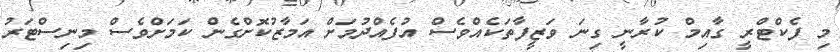
މި ފެކްޓްރީ ގާއިމް ކުރާނީ ގިނަ ވަޒީފާތަކެއްވެސް އުފެއްދުމަށް އަމާޒުކޮށްގެން ކަމަށްވެސް މިނިސްޓަރު